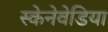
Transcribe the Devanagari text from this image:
स्केनेवेडिया